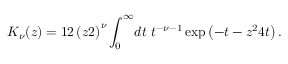
K _ { \nu } ( z ) = { 1 \o 2 } \left( { z \o 2 } \right) ^ { \nu } \int _ { 0 } ^ { \infty } \! d t ~ t ^ { - \nu - 1 } \exp \left( - t - { z ^ { 2 } \o 4 t } \right) .